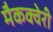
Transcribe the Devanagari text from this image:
मैकक्वेरी